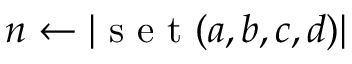
n \gets | \mathrm { ~ s ~ e ~ t ~ } ( a , b , c , d ) |